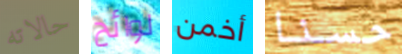
حالاته لوائح أخمن حسنا